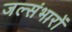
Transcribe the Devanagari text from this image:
जल्संभारों